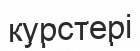
курстері